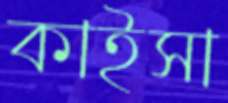
কাইসা